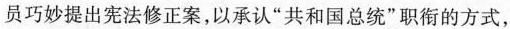
员巧妙提出宪法修正案，以承认”共和国总统”职衔的方式，